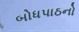
બોધપાઠનો